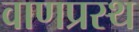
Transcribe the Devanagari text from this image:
वाणप्रस्थ